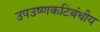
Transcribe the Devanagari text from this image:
उपउष्णकटिबंधीय